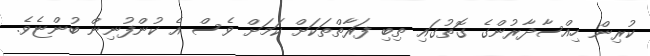
ކުރިން ހިއްސާދާރުންގެ ގޮތުގައި ތިބި ފަރާތްތަކަށް ކަމަށް ވެސް އެ ކުންފުނިން ބުންޏެވެ.